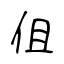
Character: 伹